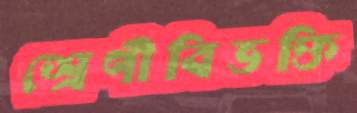
শ্রেণীবিভক্তি